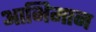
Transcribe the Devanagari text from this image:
आभिमान